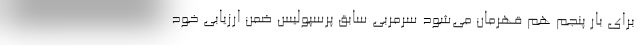
برای بار پنجم هم قهرمان می‌شود سرمربی سابق پرسپولیس ضمن ارزیابی خود